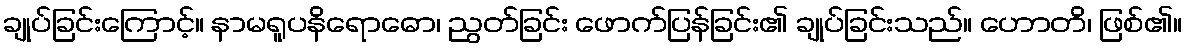
ချုပ်ခြင်းကြောင့်။ နာမရူပနိရောဓော၊ ညွတ်ခြင်း ဖောက်ပြန်ခြင်း၏ ချုပ်ခြင်းသည်။ ဟောတိ၊ ဖြစ်၏။